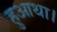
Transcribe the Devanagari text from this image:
हुआथा।